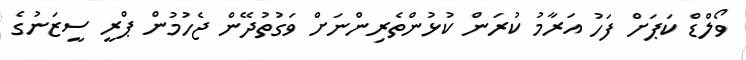
ވޯލްޑް ކަޕަށް ފަހު އަރާމު ކުރަން ކުޅުންތެރިންނަށް ވަގުތުދޭން ޖެހުމުން ޕްރީ ސީޒަނުގެ